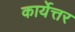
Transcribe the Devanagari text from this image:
कार्येत्तर